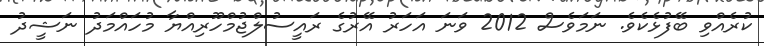
ކުރެއްވި ބޭފުޅެކެވެ. ނަމަވެސް 2012 ވަނަ އަހަރު އޭރުގެ ރައީސުލްޖުމްހޫރިއްޔާ މުހައްމަދު ނަޝީދު